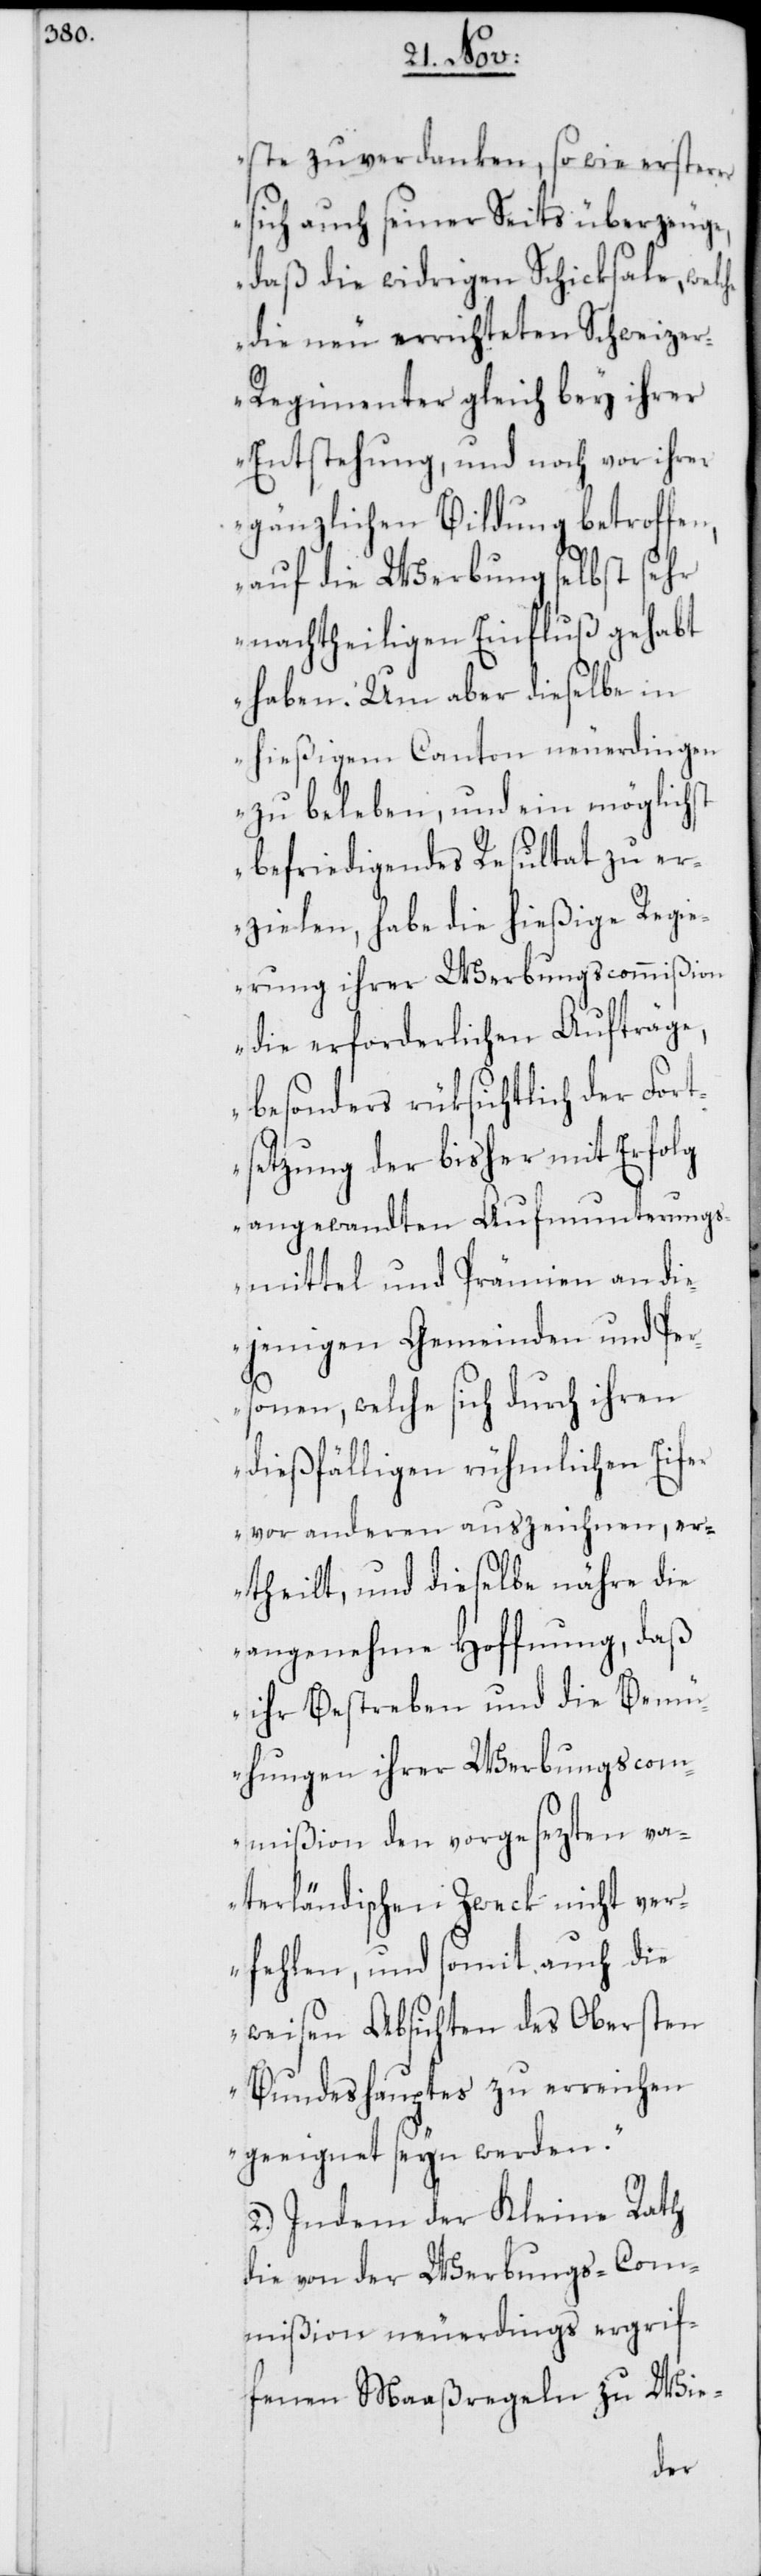
ste zu verdanken, so wie ersterer
sich auch seiner Seits überzeuge,
daß die widrigen Schicksale, welc¬
die neu errichteten Schweize¬
r-Regimenter gleich bey ihrer
Entstehung, und noch vor ihrer
gänzlichen Bildung betroffen,
auf die Werbung selbst sehr
nachtheiligen Einfluß gehabt
haben. Um aber dieselbe in
hießigem Canton neuerdingen
zu beleben, und ein möglichst
befriedigendes Resultat zu er¬
zielen, habe die hießige Regi¬
erung ihrer Werbungscommißion
die erforderlichen Aufträge,
besonders rüksichtlich der Fort¬
setzung der bisher mit Erfolg
angewandten Aufmunterungs¬
mittel und Prämien an die¬
jenigen Gemeinden und Per¬
sonen, welche sich durch ihren
dießfälligen rühmlichen Eifer
vor anderen auszeichnen, er¬
theilt, und dieselbe nähre die
angenehme Hoffnung, daß
ihr Bestreben und die Bem¬
ühungen ihrer Werbungscom¬
mißion den vorgesezten va¬
terländischen Zweck nicht ver¬
fehlen, und somit auch die
weisen Absichten des Obersten
Bundeshauptes zu erreichen
geeignet seyn werden.“
2.) Indem der Kleine Rath
die von der Werbungs-Com¬
mißion neuerdings ergrif¬
fenen Maaßregeln zu Wie-
he